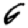
Digit: 6